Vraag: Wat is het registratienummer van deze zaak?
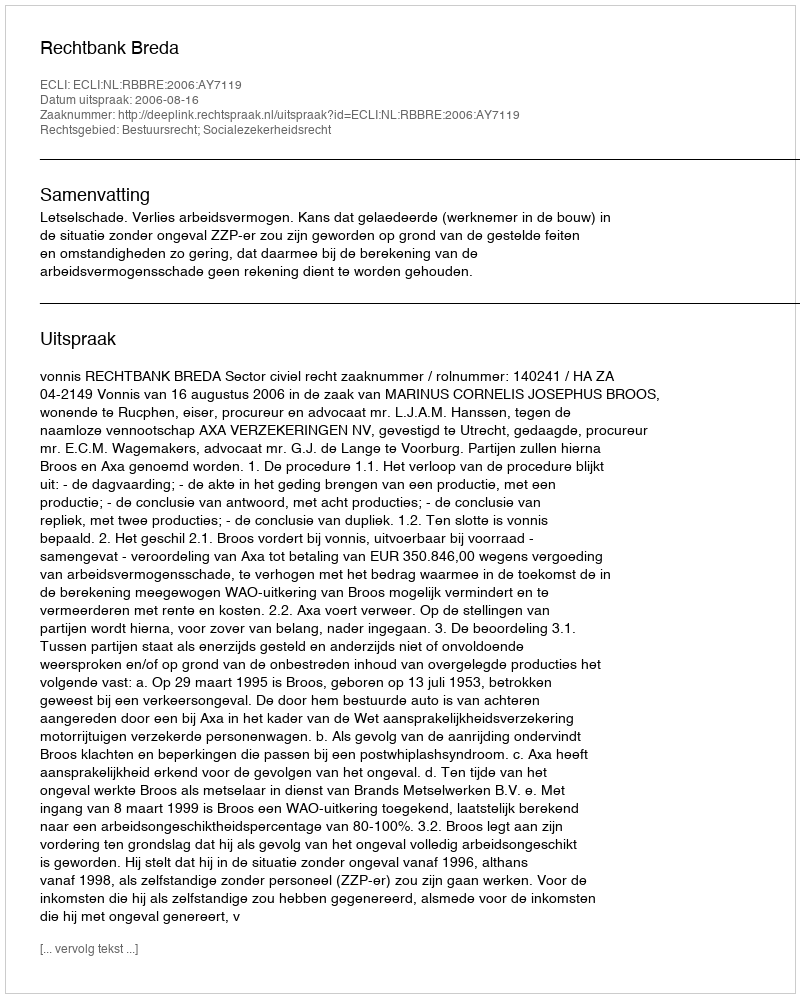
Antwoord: http://deeplink.rechtspraak.nl/uitspraak?id=ECLI:NL:RBBRE:2006:AY7119